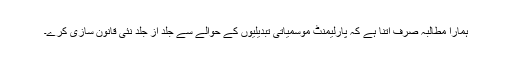
ہمارا مطالبہ صرف اتنا ہے کہ پارلیمنٹ موسمیاتی تبدیلیوں کے حوالے سے جلد از جلد نئی قانون سازی کرے۔